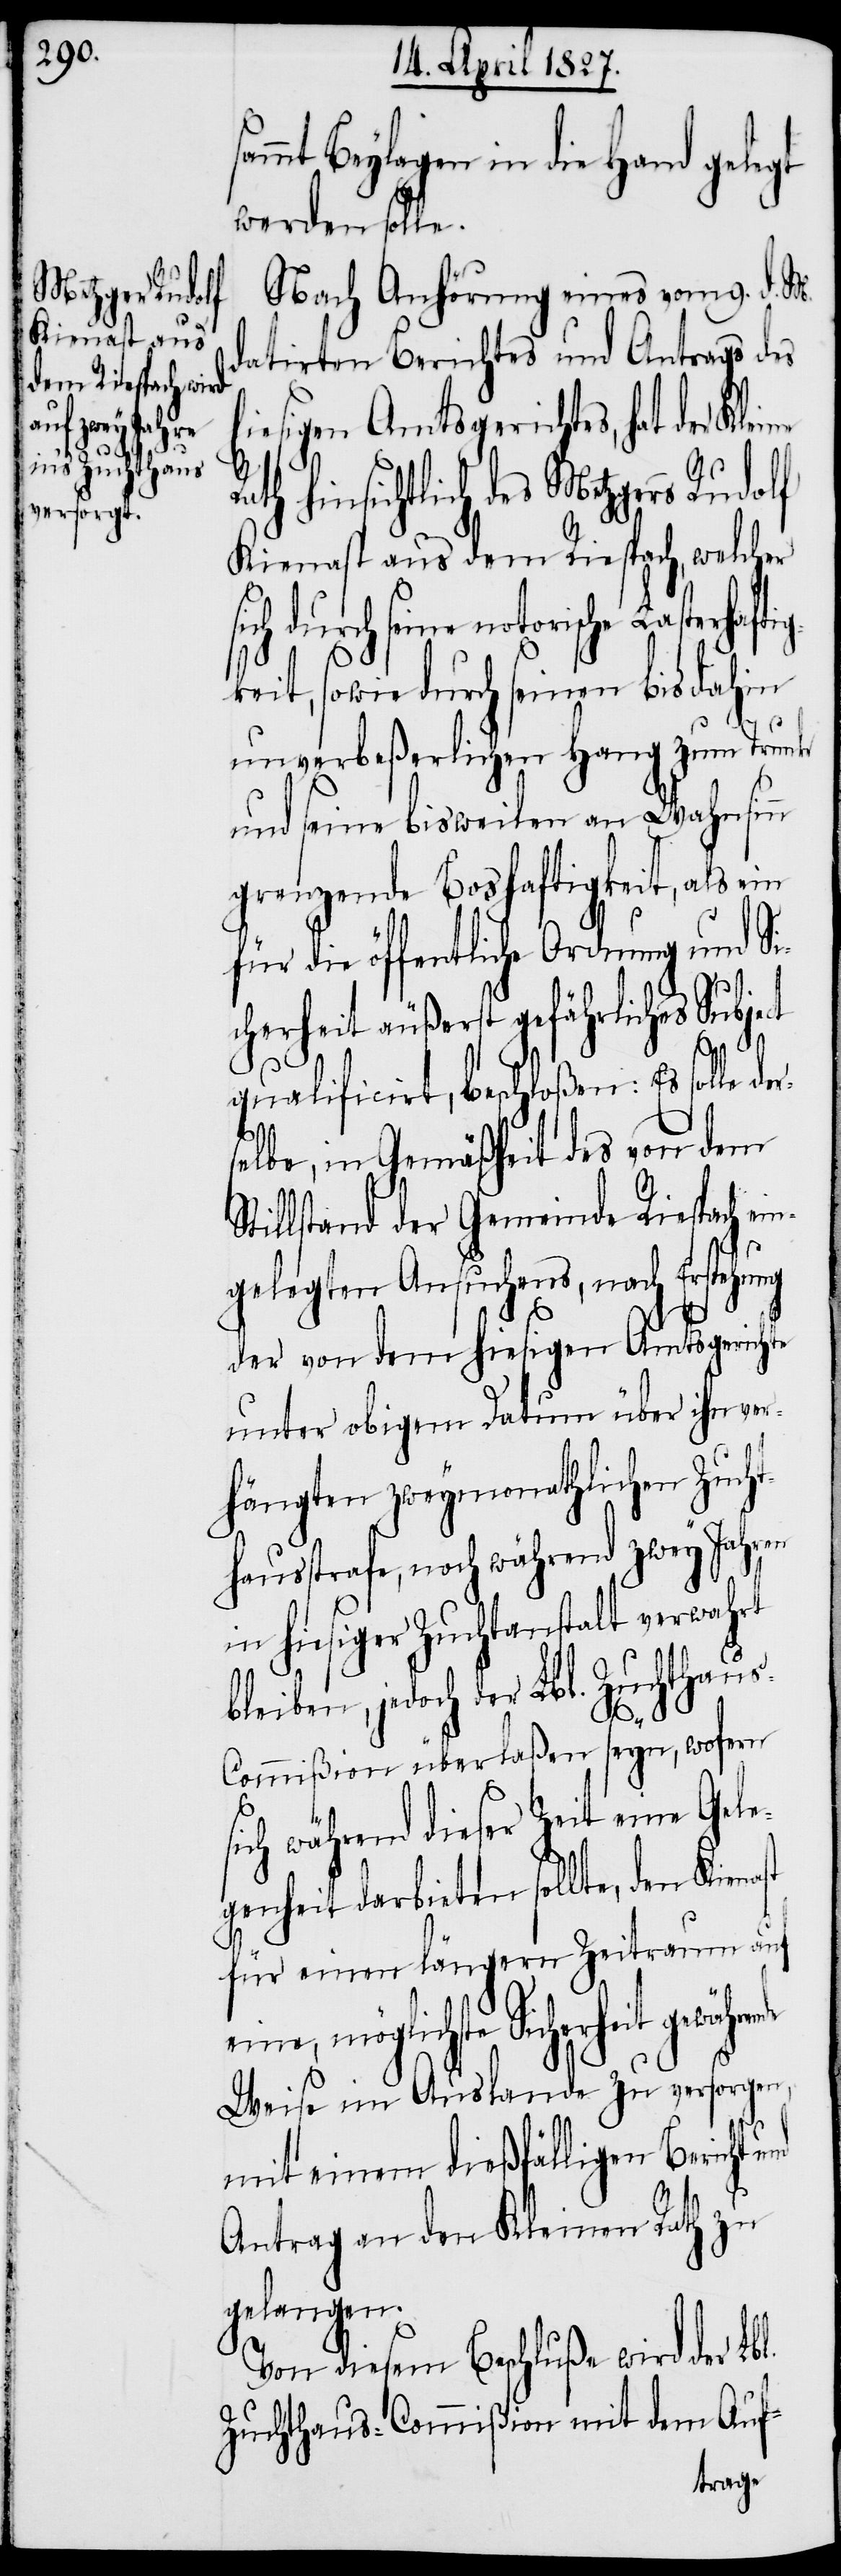
ammt Beylagen in die Hand gelegt
werden solle.
Nach Anhörung eines vom 9. d. M.
datirten Berichtes und Antrags des
iesigen Amtsgerichtes, hat der Klei¬
eine, möglichste Sicherheit
Kienast aus dem Riespach, welcher
eit, sowie durch seinen bis dahin
unverbeßerlichen Hang zum Trunk
und seine bisweilen an Wahnsinn
grenzende Boshaftigkeit, als ein
für die öffentliche Ordnung und Si¬
cherheit äußerst gefährliches Subject
ne Rath
qualificirt, beschloßen: Es solle de¬
selbe, in Gemäßheit des von dem
tillstand der Gemeinde Riespach ei¬
ngelegten Ansuchens, nach Erstehung
l.
der von dem hiesigen Amtsgerichte
unter obigem Datum über ihn ver¬
hängten zweymonathlichen Zucht¬
hausstrafe, noch während zwey Jahren
in hiesiger Zuchtanstalt verwahrt
bleiben, jedoch der Lbl. Zuchthau¬
s-Commißion überlaßen seyn, wofern
ich während dieser Zeit eine Gele¬
genheit darbieten sollte, den Kienast
für einen längern Zeitraum auf
notorische Lasterhaftigk¬
Weise im Auslande zu versorgen,
mit einem dießfälligen Bericht
Antrag an den Kleinen Rath zu
gelangen.
Von diesem Beschluße wird der Lb¬
Zuchthaus-Commißion mit dem Auf-